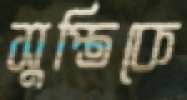
সুপ্তিকে